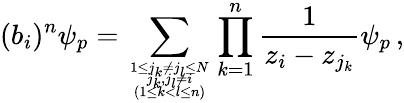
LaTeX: (b_{i})^{n}\psi_{p}=\sum_{{{1\leq j_{k}\neq j_{l}\leq N\atop j_{k},j_{l}\neq i}\atop(1\leq k<l\leq n)}}\prod_{k=1}^{n}\frac{1}{z_{i}-z_{j_{k}}}\psi_{p}\, ,